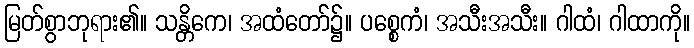
မြတ်စွာဘုရား၏။ သန္တိကေ၊ အထံတော်၌။ ပစ္စေကံ၊ အသီးအသီး။ ဂါထံ၊ ဂါထာကို။